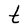
Character: t